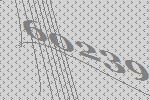
60239